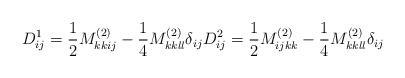
LaTeX: \begin{align*}D_{ij}^{1}=\frac{1}{2}M_{kkij}^{(2)}-\frac{1}{4}M_{kkll}^{(2)}\delta_{ij}D_{ij}^{2}=\frac{1}{2}M_{ijkk}^{(2)}-\frac{1}{4}M_{kkll}^{(2)}\delta_{ij}\end{align*}